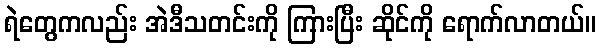
ရဲတွေကလည်း အဲဒီသတင်းကို ကြားပြီး ဆိုင်ကို ရောက်လာတယ်။